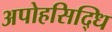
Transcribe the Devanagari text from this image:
अपोहसिद्धि